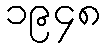
၁၉၄၈